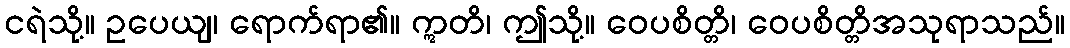
ငရဲသို့။ ဥပေယျ၊ ရောက်ရာ၏။ ဣတိ၊ ဤသို့။ ဝေပစိတ္တိ၊ ဝေပစိတ္တိအသုရာသည်။